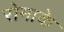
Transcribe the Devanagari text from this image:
रोमाके